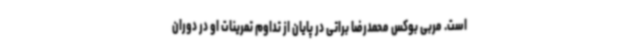
است. مربی بوکس محمدرضا براتی در پایان از تداوم تمرینات او در دوران